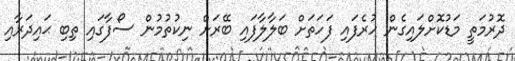
ދޮރުމަތީ މަޑުކޮށްލައިގެން ހުރެފައި ފަހަތަށް ބަލާލާފައި ބޭރަށް ނިކުތުމުން ސޯފާގައި ތިބި ޙައިދަރާއި